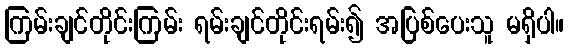
ကြမ်းချင်တိုင်းကြမ်း ရမ်းချင်တိုင်းရမ်း၍ အပြစ်ပေးသူ မရှိပါ။